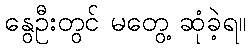
နွေဦးတွင် မတွေ့ ဆုံခဲ့ရ။